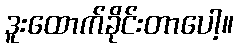
ဒူးထောက်ခိုင်းတာပေါ့။